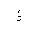
Letter: _thal